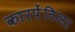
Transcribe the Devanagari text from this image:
कारपेंटिअर